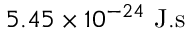
5 . 4 5 \times 1 0 ^ { - 2 4 } ~ \mathrm { J . s }